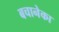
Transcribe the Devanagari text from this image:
बचानेका